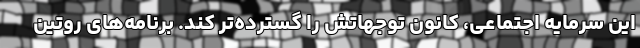
این سرمایه اجتماعی، کانون توجهاتش را گسترده‌تر کند. برنامه‌های روتین